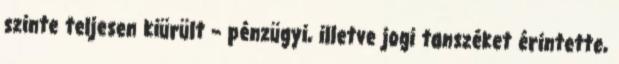
szinte teljesen kiürült – pénzügyi, illetve jogi tanszéket érintette,